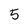
Character: 5